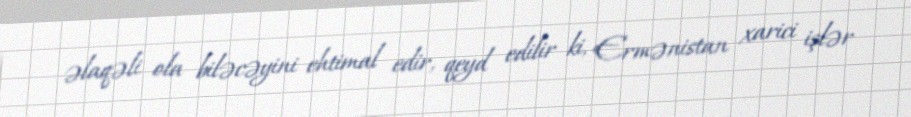
əlaqəli ola biləcəyini ehtimal edir, qeyd edilir ki, Ermənistan xarici işlər